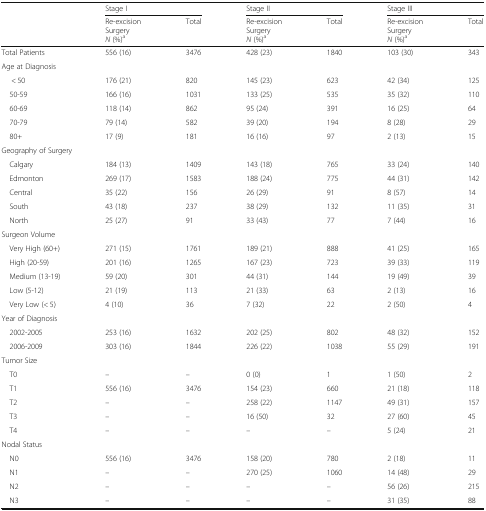
<table><thead><tr><td></td><td colspan="2"><b>Stage I</b></td><td colspan="2"><b>Stage II</b></td><td colspan="2"><b>Stage III</b></td></tr><tr><td></td><td><b>Re-excisionSurgery<i>N</i> (%)<sup>a</sup></b></td><td><b>Total</b></td><td><b>Re-excisionSurgery<i>N</i> (%)<sup>a</sup></b></td><td><b>Total</b></td><td><b>Re-excisionSurgery<i>N</i> (%)<sup>a</sup></b></td><td><b>Total</b></td></tr></thead><tbody><tr><td>Total Patients</td><td>556 (16)</td><td>3476</td><td>428 (23)</td><td>1840</td><td>103 (30)</td><td>343</td></tr><tr><td colspan="7">Age at Diagnosis</td></tr><tr><td>&lt; 50</td><td>176 (21)</td><td>820</td><td>145 (23)</td><td>623</td><td>42 (34)</td><td>125</td></tr><tr><td> 50-59</td><td>166 (16)</td><td>1031</td><td>133 (25)</td><td>535</td><td>35 (32)</td><td>110</td></tr><tr><td> 60-69</td><td>118 (14)</td><td>862</td><td>95 (24)</td><td>391</td><td>16 (25)</td><td>64</td></tr><tr><td> 70-79</td><td>79 (14)</td><td>582</td><td>39 (20)</td><td>194</td><td>8 (28)</td><td>29</td></tr><tr><td> 80+</td><td>17 (9)</td><td>181</td><td>16 (16)</td><td>97</td><td>2 (13)</td><td>15</td></tr><tr><td colspan="7">Geography of Surgery</td></tr><tr><td> Calgary</td><td>184 (13)</td><td>1409</td><td>143 (18)</td><td>765</td><td>33 (24)</td><td>140</td></tr><tr><td> Edmonton</td><td>269 (17)</td><td>1583</td><td>188 (24)</td><td>775</td><td>44 (31)</td><td>142</td></tr><tr><td> Central</td><td>35 (22)</td><td>156</td><td>26 (29)</td><td>91</td><td>8 (57)</td><td>14</td></tr><tr><td> South</td><td>43 (18)</td><td>237</td><td>38 (29)</td><td>132</td><td>11 (35)</td><td>31</td></tr><tr><td> North</td><td>25 (27)</td><td>91</td><td>33 (43)</td><td>77</td><td>7 (44)</td><td>16</td></tr><tr><td colspan="7">Surgeon Volume</td></tr><tr><td> Very High (60+)</td><td>271 (15)</td><td>1761</td><td>189 (21)</td><td>888</td><td>41 (25)</td><td>165</td></tr><tr><td> High (20-59)</td><td>201 (16)</td><td>1265</td><td>167 (23)</td><td>723</td><td>39 (33)</td><td>119</td></tr><tr><td> Medium (13-19)</td><td>59 (20)</td><td>301</td><td>44 (31)</td><td>144</td><td>19 (49)</td><td>39</td></tr><tr><td> Low (5-12)</td><td>21 (19)</td><td>113</td><td>21 (33)</td><td>63</td><td>2 (13)</td><td>16</td></tr><tr><td> Very Low (&lt; 5)</td><td>4 (10)</td><td>36</td><td>7 (32)</td><td>22</td><td>2 (50)</td><td>4</td></tr><tr><td colspan="7">Year of Diagnosis</td></tr><tr><td> 2002-2005</td><td>253 (16)</td><td>1632</td><td>202 (25)</td><td>802</td><td>48 (32)</td><td>152</td></tr><tr><td> 2006-2009</td><td>303 (16)</td><td>1844</td><td>226 (22)</td><td>1038</td><td>55 (29)</td><td>191</td></tr><tr><td colspan="7">Tumor Size</td></tr><tr><td> T0</td><td>–</td><td>–</td><td>0 (0)</td><td>1</td><td>1 (50)</td><td>2</td></tr><tr><td> T1</td><td>556 (16)</td><td>3476</td><td>154 (23)</td><td>660</td><td>21 (18)</td><td>118</td></tr><tr><td> T2</td><td>–</td><td>–</td><td>258 (22)</td><td>1147</td><td>49 (31)</td><td>157</td></tr><tr><td> T3</td><td>–</td><td>–</td><td>16 (50)</td><td>32</td><td>27 (60)</td><td>45</td></tr><tr><td> T4</td><td>–</td><td>–</td><td>–</td><td>–</td><td>5 (24)</td><td>21</td></tr><tr><td colspan="7">Nodal Status</td></tr><tr><td> N0</td><td>556 (16)</td><td>3476</td><td>158 (20)</td><td>780</td><td>2 (18)</td><td>11</td></tr><tr><td> N1</td><td>–</td><td>–</td><td>270 (25)</td><td>1060</td><td>14 (48)</td><td>29</td></tr><tr><td> N2</td><td>–</td><td>–</td><td>–</td><td>–</td><td>56 (26)</td><td>215</td></tr><tr><td> N3</td><td>–</td><td>–</td><td>–</td><td>–</td><td>31 (35)</td><td>88</td></tr></tbody></table>